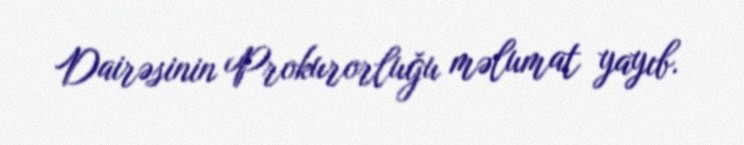
Dairəsinin Prokurorluğu məlumat yayıb.